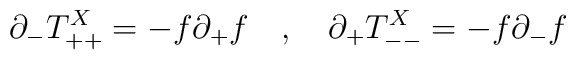
\partial_- T^X_{++} = - f \partial_+ f  \ \ \ , \ \ \  \partial_+ T^X_{--} = - f \partial_- f